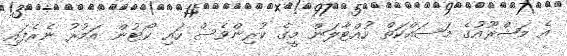
އެ މަޝްރޫއުގެ މަސައްކަތް ހުއްޓާލަން މީގެ ކުރިންވެސް ހައި ކޯޓުން އަމުރު ނެރެފައި